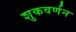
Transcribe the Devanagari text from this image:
शुकवर्णन